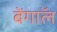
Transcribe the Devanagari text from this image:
बेंगाॅल